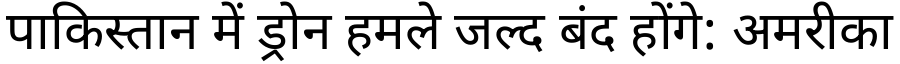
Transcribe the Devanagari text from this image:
पाकिस्तान में ड्रोन हमले जल्द बंद होंगे: अमरीका